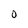
Character: O